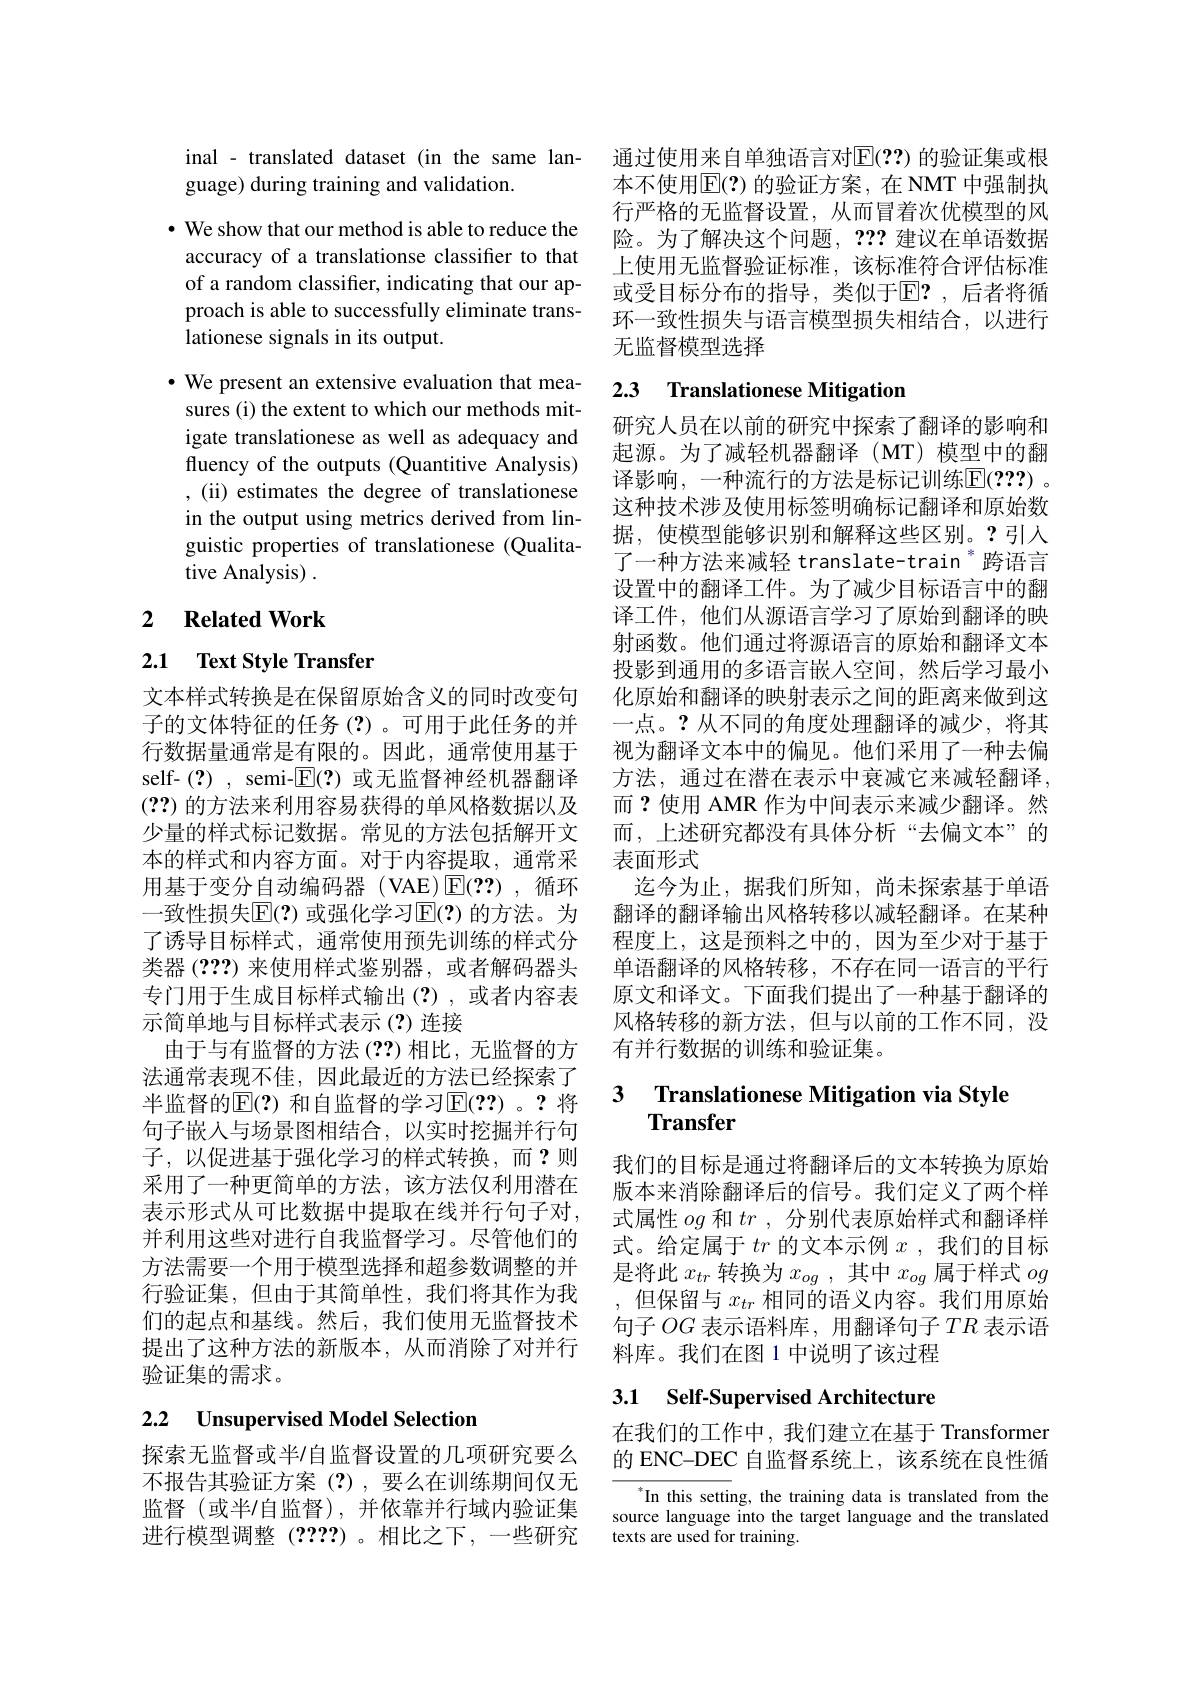
inal - translated dataset (in the same lan- 通过使用来自单独语言对$\overline{\mathrm{E}}(??)$ 的验证集或根
guage) during training and validation.

· We show that our method is able to reduce the accuracy of a translationse classifier to that of a random classifier, indicating that our approach is able to successfully eliminate translationese signals in its output.

$\cdot$ We present an extensive evaluation that measures (i) the extent to which our methods mitigate translationese as well as adequacy and fluency of the outputs (Quantitive Analysis) , (ii) estimates the degree of translationese in the output using metrics derived from linguistic properties of translationese (Qualitative Analysis) .

## 2 $\textbf{Related Work}$

## 2.1 Text Style Transfer

文本样式转换是在保留原始含义的同时改变句子的文体特征的任务(?)。可用于此任务的并(??)的方法来利用容易获得的单风格数据以及用基于变分自动编码器(VAE)$\overline{\mathrm{E}}(??)$,循环一致性损失[ $E| ( ? )$ 或强化学习E|(?) 的方法。为了诱导目标样式，通常使用预先训练的样式分类器 (22?) 来使用样式鉴别器，或者解码器头专门用于生成目标样式输出(?),或者内容表示简单地与目标样式表示(?)连接
由于与有监督的方法(??)相比，无监督的方法通常表现不佳，因此最近的方法已经探索了半监督的$\overline{\mathrm{E}}(?)$ 和自监督的学习$\overline{\mathrm{E}}(??)$ 。?将句子嵌入与场景图相结合，以实时挖掘并行句子，以促进基于强化学习的样式转换，而？则采用了一种更简单的方法，该方法仅利用潜在表示形式从可比数据中提取在线并行句子对， 并利用这些对进行自我监督学习。尽管他们的方法需要一个用于模型选择和超参数调整的并行验证集，但由于其简单性，我们将其作为我们的起点和基线。然后，我们使用无监督技术提出了这种方法的新版本，从而消除了对并行验证集的需求。

# 2.2 Unsupervised Model Selection

探索无监督或半$\prime$自监督设置的几项研究要么不报告其验证方案(?),要么在训练期间仅无监督(或半$\prime$自监督),并依靠并行域内验证集进行模型调整(????)。相比之下，一些研究

本不使用$\overline{\mathrm{E}}(?)$ 的验证方案，在 NMT 中强制执行严格的无监督设置，从而冒着次优模型的风险。为了解决这个问题，???建议在单语数据上使用无监督验证标准，该标准符合评估标准或受目标分布的指导，类似于$\mathbb{E}?$,后者将循环一致性损失与语言模型损失相结合，以进行无监督模型选择

## 2.3 Translationese Mitigatior

研究人员在以前的研究中探索了翻译的影响和起源。为了减轻机器翻译(MT)模型中的翻译影响，一种流行的方法是标记训练$\mathbb{E}(???)$。这种技术涉及使用标签明确标记翻译和原始数据，使模型能够识别和解释这些区别。?引入了一种方法来减轻 translate-train "跨语言设置中的翻译工件。为了减少目标语言中的翻译工件，他们从源语言学习了原始到翻译的映射函数。他们通过将源语言的原始和翻译文本投影到通用的多语言嵌人空间，然后学习最小化原始和翻译的映射表示之间的距离来做到这一点。?从不同的角度处理翻译的减少，将其
行数据量通常是有限的。因此，通常使用基于 视为翻译文本中的偏见。他们采用了一种去偏self-(?), semi-$\overline{\mathbb{E}}(?)$或无监督神经机器翻译 方法，通过在潜在表示中衰减它来减轻翻译，
而？使用 AMR 作为中间表示来减少翻译。然
少量的样式标记数据。常见的方法包括解开文 而，上述研究都没有具体分析“去偏文本”的
本的样式和内容方面。对于内容提取，通常采 表面形式
迄今为止，据我们所知，尚未探索基于单语翻译的翻译输出风格转移以减轻翻译。在某种程度上，这是预料之中的，因为至少对于基于单语翻译的风格转移，不存在同一语言的平行原文和译文。下面我们提出了一种基于翻译的风格转移的新方法，但与以前的工作不同，没有并行数据的训练和验证集。

### 3 Translationese Mitigation via Style $\mathbf{Transfer}$

我们的目标是通过将翻译后的文本转换为原始版本来消除翻译后的信号。我们定义了两个样式属性$og$和$tr$ ,分别代表原始样式和翻译样式。给定属于$tr$的文本示例$x$ ,我们的目标是将此$x_tr$转换为$x_og$,其中$x_og$属于样式$og$ ,但保留与$x_{tr}$相同的语义内容。我们用原始句子$OG$表示语料库，用翻译句子$TR$表示语料库。我们在图 1 中说明了该过程

## 3.1 Self-Supervised Architecture

在我们的工作中，我们建立在基于 Transformer 的 ENC-DEC 自监督系统上，该系统在良性循

In this setting, the training data is translated from the source language into the target language and the translated texts are used for training.